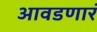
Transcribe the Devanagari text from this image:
आवडणारं